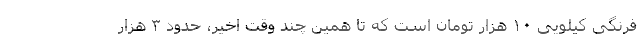
فرنگی کیلویی ۱۰ هزار تومان است که تا همین چند وقت اخیر، حدود ۳ هزار